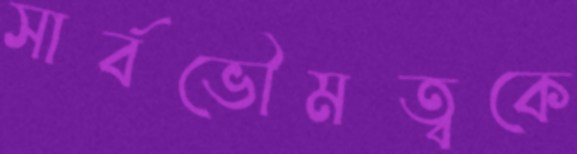
সার্বভৌমত্বকে